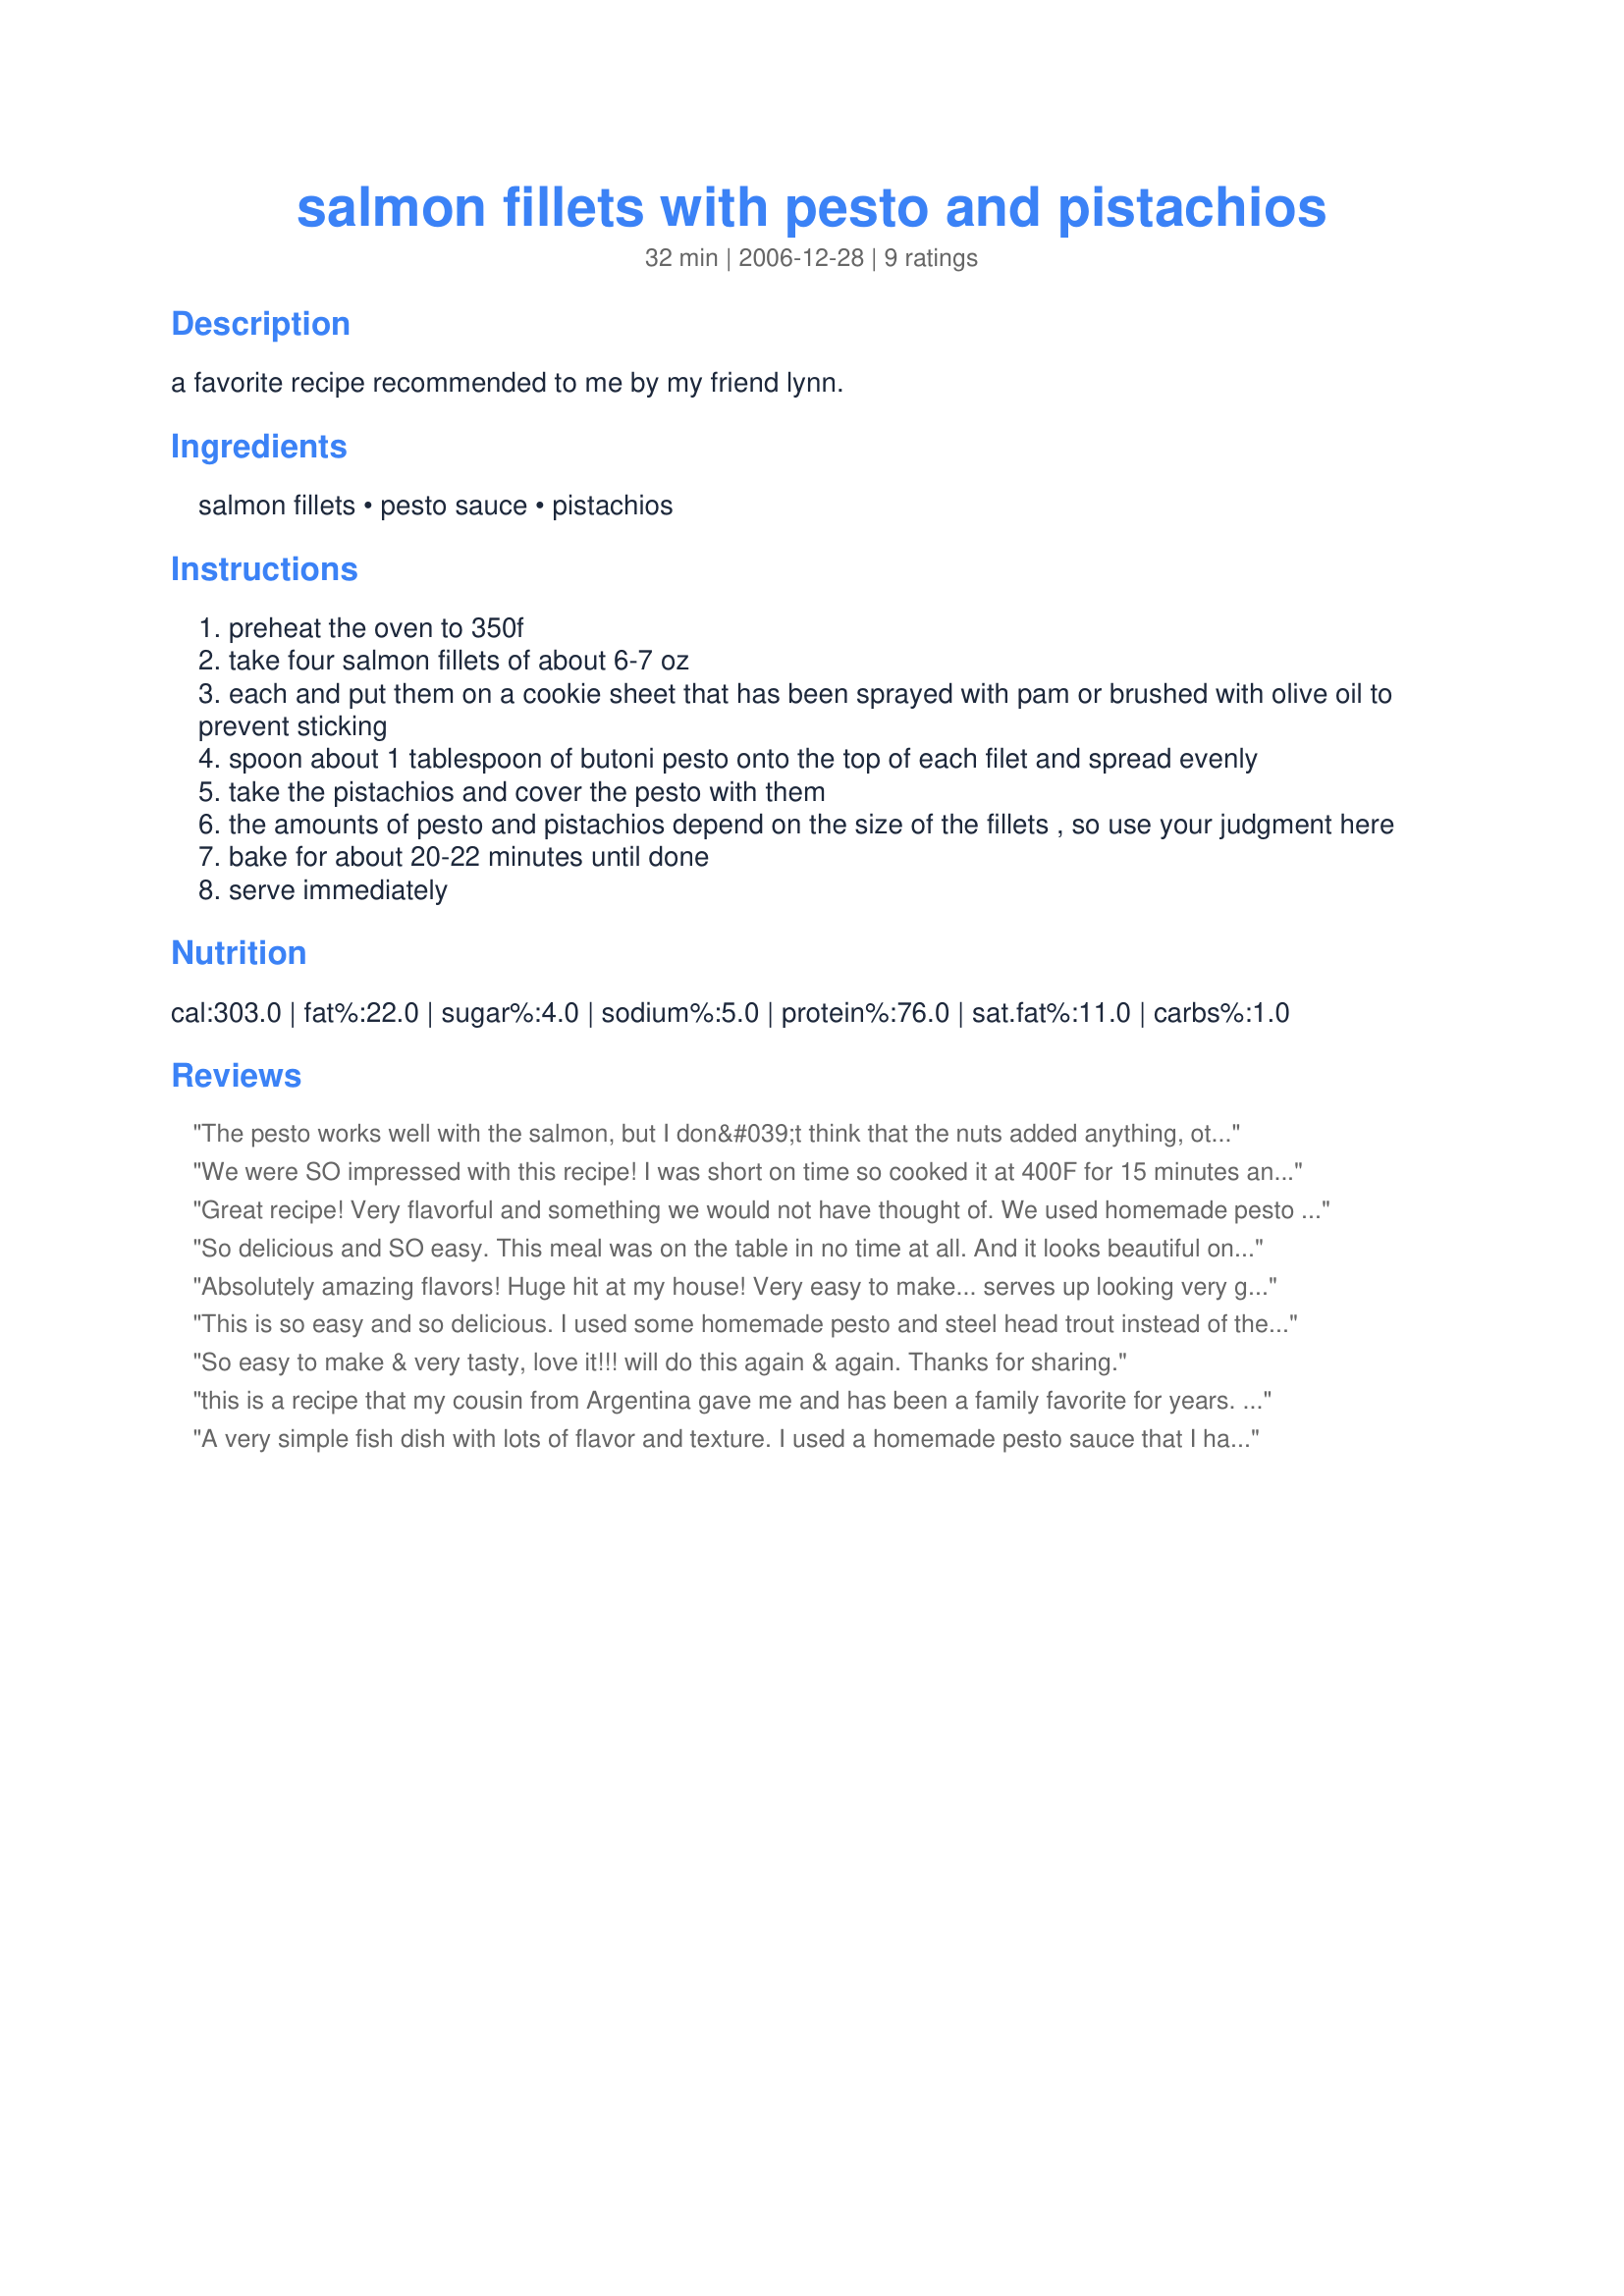
salmon fillets with pesto and pistachios
Preparation time: 32 minutes

a favorite recipe recommended to me by my friend lynn.

Ingredients:
salmon fillets, pesto sauce, pistachios

Steps:
preheat the oven to 350f
take four salmon fillets of about 6-7 oz
each and put them on a cookie sheet that has been sprayed with pam or brushed with olive oil to prevent sticking
spoon about 1 tablespoon of butoni pesto onto the top of each filet and spread evenly
take the pistachios and cover the pesto with them
the amounts of pesto and pistachios depend on the size of the fillets , so use your judgment here
bake for about 20-22 minutes until done
serve immediately

Reviews:
The pesto works well with the salmon, but I don&#039;t think that the nuts added anything, other than texture which my family didn&#039;t like
We were SO impressed with this recipe! I was short on time so cooked it at 400F for 15 minutes and covered it in foil so it wouldn&#039;t dry out. The pesto went so well with the salmon and the nuts were a nice added texture. This will be a go to recipe for us from now on!
Great recipe! Very flavorful and something we would not have thought of. We used homemade pesto and added the pistachios. We ate this with a side of broccoli.
So delicious and SO easy. This meal was on the table in no time at all. And it looks beautiful on the plate. Thanks for sharing!
Absolutely amazing flavors! Huge hit at my house! Very easy to make... serves up looking very gourmet! Thanks for sharing!
This is so easy and so delicious. I used some homemade pesto and steel head trout instead of the salmon. This is something I will make again for sure. Made for Diabetic Forum and Greens for Spring.
So easy to make & very tasty, love it!!! will do this again & again. Thanks for sharing.
this is a recipe that my cousin from Argentina gave me and has been a family favorite for years. i use a complete side of salmon and leave it whole and bake it at 350 degrees for 30 minutes. the presentation is glorious. I usually serve it with (5/15/08) some kind of steamed rice and a green salad.
A very simple fish dish with lots of flavor and texture. I used a homemade pesto sauce that I had made with pistachios. Served with garden tomatoes and bow tie Recipe #162031.
